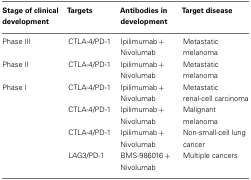
| Stage of clinical development | Targets | Antibodies in development | Target disease |
 | --- | --- | --- | --- |
 | Phase III | CTLA-4/PD-1 | Ipilimumab + Nivolumab | Metastatic melanoma |
 | Phase II | CTLA-4/PD-1 | Ipilimumab + Nivolumab | Metastatic melanoma |
 | Phase I | CTLA-4/PD-1 | Ipilimumab + Nivolumab | Metastatic renal-cell carcinoma |
 |  | CTLA-4/PD-1 | Ipilimumab + Nivolumab | Malignant melanoma |
 |  | CTLA-4/PD-1 | Ipilimumab + Nivolumab | Non-small-cell lung cancer |
 |  | LAG3/PD-1 | BMS-986016 + Nivolumab | Multiple cancers |